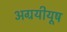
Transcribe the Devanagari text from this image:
अग्रयीयूष